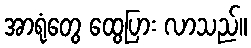
အာရုံတွေ ထွေပြား လာသည်။